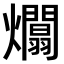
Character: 𤒻